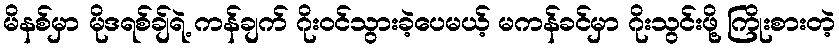
မိနစ်မှာ မိုဒရစ်ချ်ရဲ့ ကန်ချက် ဂိုးဝင်သွားခဲ့ပေမယ့် မကန်ခင်မှာ ဂိုးသွင်းဖို့ ကြိုးစားတဲ့